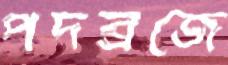
পদব্রজে